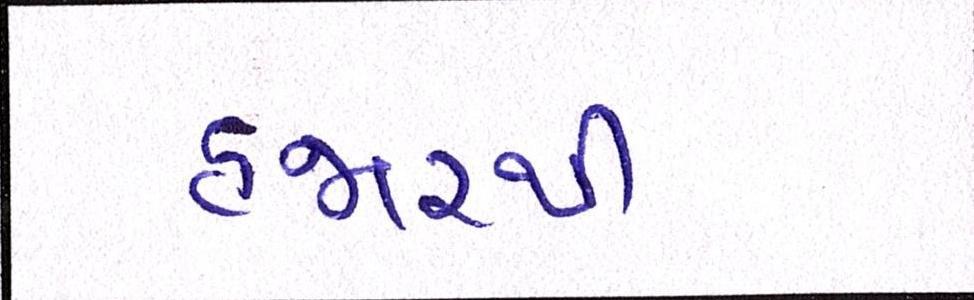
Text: હજારથી